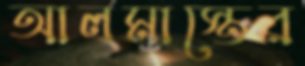
আলমাস্তের